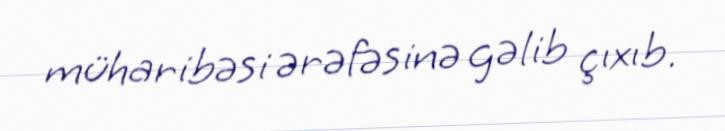
müharibəsi ərəfəsinə gəlib çıxıb.